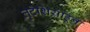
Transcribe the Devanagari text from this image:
लुटेशियाहून